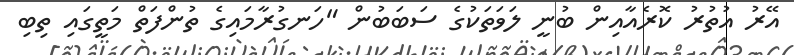
އޭރު އުތުރު ކޮރެއާއިން ބުނީ ލަވަތަކުގެ ސަބަބުން "ހަނގުރާމައިގެ ތުންފަތް މަތީގައި ތިބި